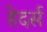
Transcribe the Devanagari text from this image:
हेदर्स